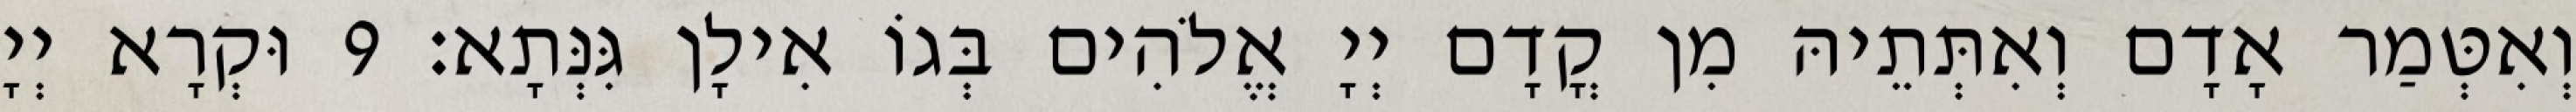
וְאִטְּמַר אָדָם וְאִתְּתֵיהּ מִן קֳדָם יְיָ אֱלֹהִים בְּגוֹ אִילָן גִּנְּתָא׃ 9 וּקְרָא יְיָ